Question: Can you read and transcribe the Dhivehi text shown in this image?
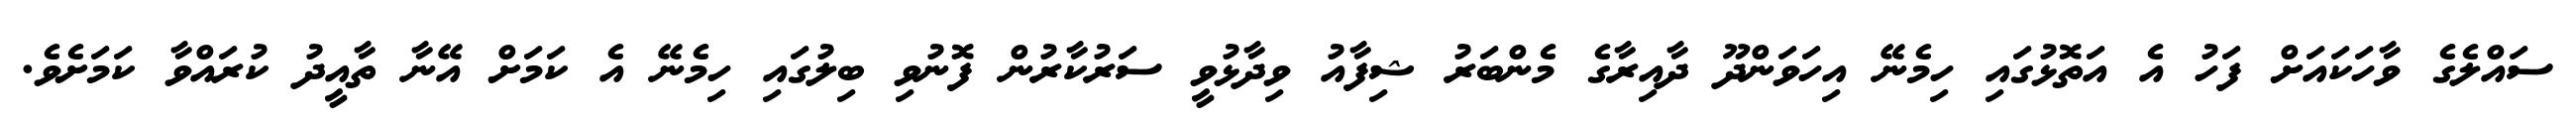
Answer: ސައްލެގެ ވާހަކައަށް ފަހު އެ އަތޮޅުގައި ހިމެނޭ އިހަވަންދޫ ދާއިރާގެ މެންބަރު ޝިފާއު ވިދާޅުވީ ސަރުކާރުން ފޮނުވި ބިލުގައި ހިމެނޭ އެ ކަމަށް އޭނާ ތާއީދު ކުރައްވާ ކަމަށެވެ.